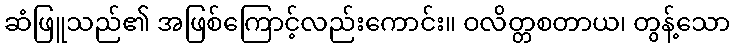
ဆံဖြူသည်၏ အဖြစ်ကြောင့်လည်းကောင်း။ ဝလိတ္တစတာယ၊ တွန့်သော